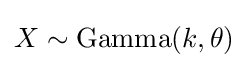
X\sim {\mbox{Gamma}}(k,\theta )